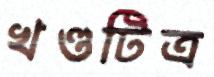
খণ্ডটিত্র